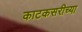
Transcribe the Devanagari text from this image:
काटकसरीच्या